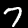
Digit: 7